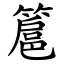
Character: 簄